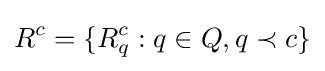
R^{c}=\{R_{q}^{c}:q\in Q,q\prec c\}